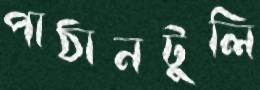
পাঠানটুলি